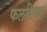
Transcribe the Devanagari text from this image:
फलसिफा